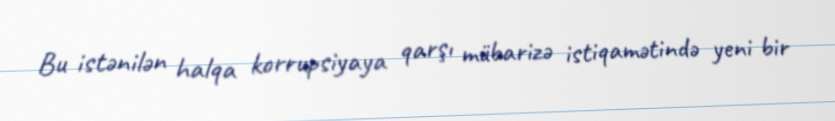
Bu istənilən halqa korrupsiyaya qarşı mübarizə istiqamətində yeni bir